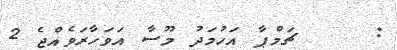
:     ޗަމްޕާ އަހުމަދު މޫސާ އަވަހާރަވެއްޖެ 2